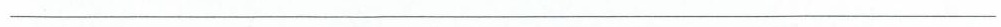
___